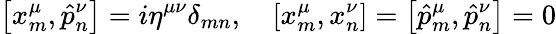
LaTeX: \left[x_{m}^{\mu},\hat{p}_{n}^{\nu}\right]=i\eta^{\mu\nu}\delta_{mn},\quad\left[x_{m}^{\mu},x_{n}^{\nu}\right]=\left[\hat{p}_{m}^{\mu},\hat{p}_{n}^{\nu}\right]=0